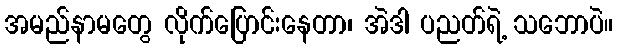
အမည်နာမတွေ လိုက်ပြောင်းနေတာ၊ အဲဒါ ပညတ်ရဲ့ သဘောပဲ။